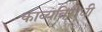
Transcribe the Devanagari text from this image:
काव्यविरोधी